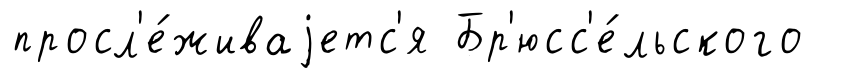
просл'е́живаjетс'я Бр'юсс'е́льского